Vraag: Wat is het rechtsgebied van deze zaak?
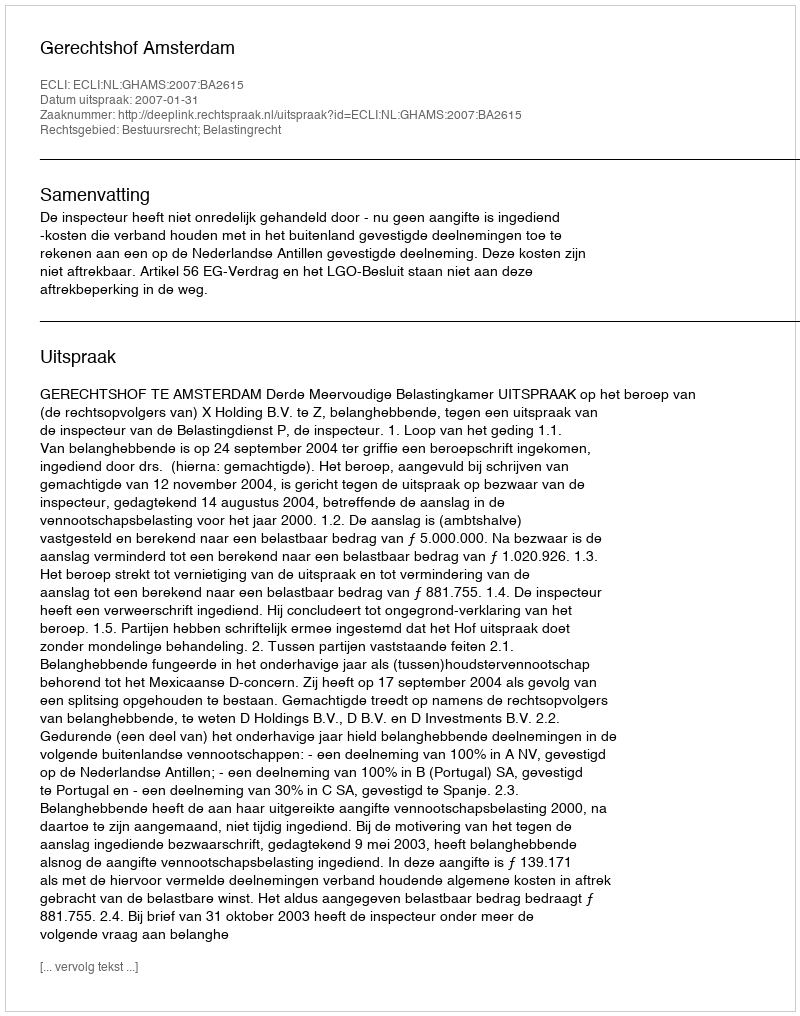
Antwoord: Bestuursrecht; Belastingrecht